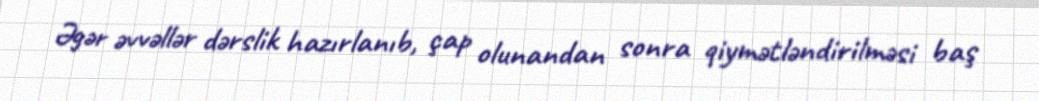
Əgər əvvəllər dərslik hazırlanıb, çap olunandan sonra qiymətləndirilməsi baş